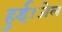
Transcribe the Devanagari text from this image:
हुई।जेल